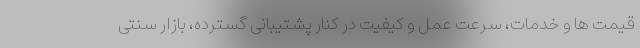
قیمت ها و خدمات، سرعت عمل و کیفیت در کنار پشتیبانی گسترده، بازار سنتی